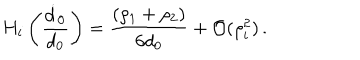
H _ { i } \left( \frac { \dot { d } _ { 0 } } { d _ { 0 } } \right) = \frac { ( \rho _ { 1 } + \rho _ { 2 } ) } { 6 d _ { 0 } } + { \cal O } ( \rho _ { i } ^ { 2 } ) \, .